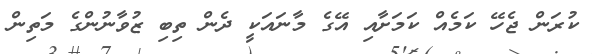
ކުރަން ޖެހޭ ކަމެއް ކަމަށާއި އޭގެ މާނައަކީ ދެން ތިބި ޒުވާނުންގެ މަތިން